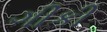
ગીકી